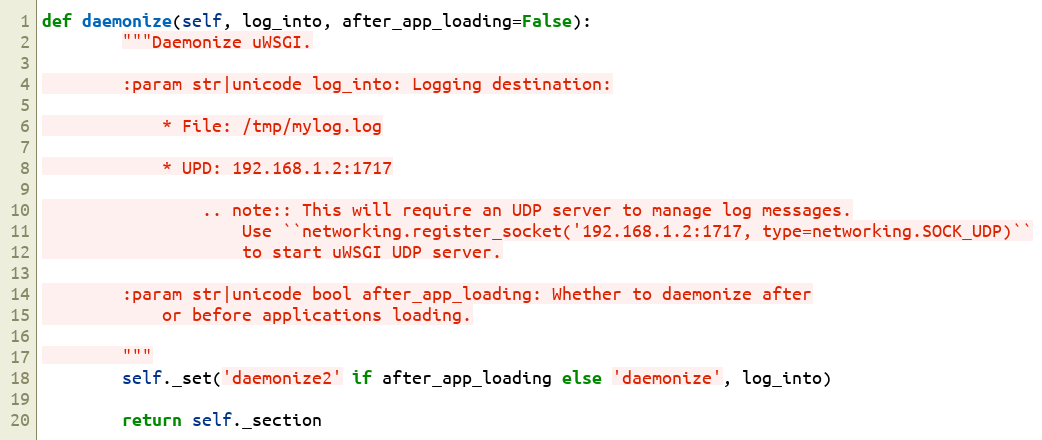
Language: Python
def daemonize(self, log_into, after_app_loading=False):
        """Daemonize uWSGI.

        :param str|unicode log_into: Logging destination:

            * File: /tmp/mylog.log

            * UPD: 192.168.1.2:1717

                .. note:: This will require an UDP server to manage log messages.
                    Use ``networking.register_socket('192.168.1.2:1717, type=networking.SOCK_UDP)``
                    to start uWSGI UDP server.

        :param str|unicode bool after_app_loading: Whether to daemonize after
            or before applications loading.

        """
        self._set('daemonize2' if after_app_loading else 'daemonize', log_into)

        return self._section